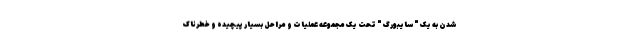
شدن به یک "سایبورگ" تحت یک مجموعه عملیات و مراحل بسیار پیچیده و خطرناک